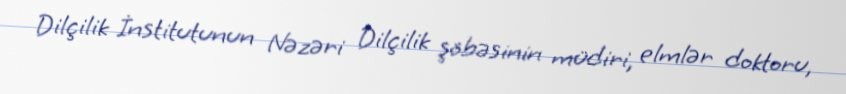
Dilçilik İnstitutunun Nəzəri Dilçilik şöbəsinin müdiri, elmlər doktoru,